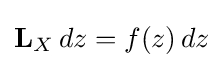
\mathbf {L} _{X}\,dz=f(z)\,dz